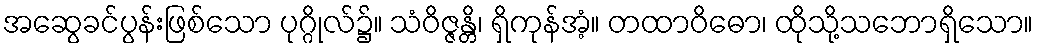
အဆွေခင်ပွန်းဖြစ်သော ပုဂ္ဂိုလ်၌။ သံဝိဇ္ဇန္တိ၊ ရှိကုန်အံ့။ တထာဝိဓော၊ ထိုသို့သဘောရှိသော။